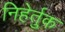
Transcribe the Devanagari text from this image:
निहेर्तुक